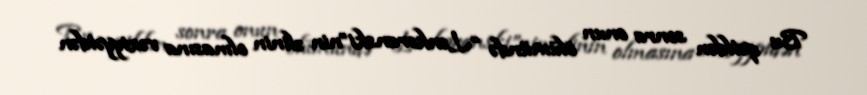
Bu qətldən sonra onun ölümündə “Lənkəranski”nin əlinin olmasına vəziyyətdən